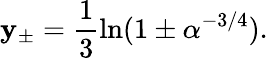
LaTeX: \mathbf{y}_{\pm}=\frac{{1}}{{3}}\ln(1\pm\alpha^{-3/4}).